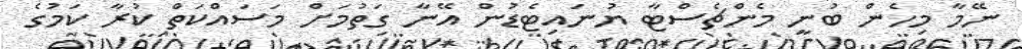
ނޭމާ މިހެން ބުނީ މެންޗެސްޓާ ޔުނައިޓެޑުން އޭނާ ގަތުމަށް މަސައްކަތް ކުރާ ކަމުގެ